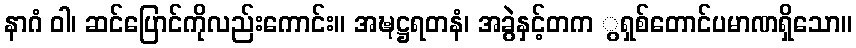
နာဂံ ဝါ၊ ဆင်ပြောင်ကိုလည်းကောင်း။ အဍ္ဎဋ္ဌရတနံ၊ အခွဲနှင့်တက ွရှစ်တောင်ပမာဏရှိသော။